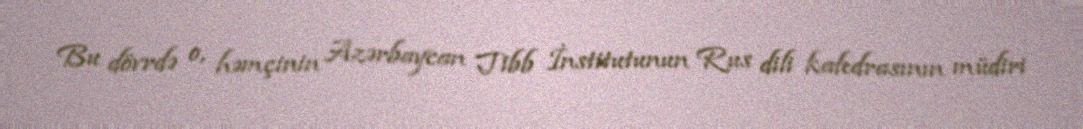
Bu dövrdə o, həmçinin Azərbaycan Tibb İnstitutunun Rus dili kafedrasının müdiri